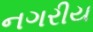
નગરીય